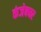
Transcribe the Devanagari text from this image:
कंजेक्चर